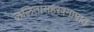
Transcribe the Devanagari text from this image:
ललितासहस्त्रनामात